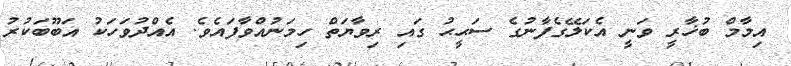
އިމާމް ބުޚާރީ ވަނީ އެކަލޭގެފާނުގެ ސަޙީޙު ގައި ރިވާޔަތް ހިމަނުއްވާފައެވެ. އެއްދުވަހަކު އަބޫބަކުރު